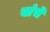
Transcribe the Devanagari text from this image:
यांंचे